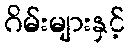
ဂိမ်းများနှင့်